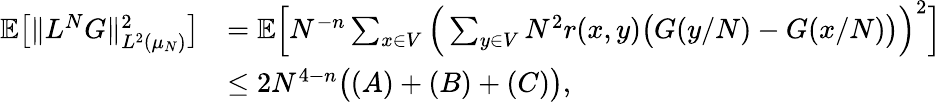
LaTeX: \begin{array}{rl}{\mathbb E\big[\| L^{N}G\| _{L^{2}(\mu_{N})}^{2}\big]}&{=\mathbb E\Big[N^{-n}\sum_{x\in V}\Big(\sum_{y\in V}N^{2}r(x,y)\big(G(y/N)-G(x/N)\big)\Big)^{2}\Big]}\\ &{\leq 2N^{4-n}\big((A)+(B)+(C)\big),}\end{array}